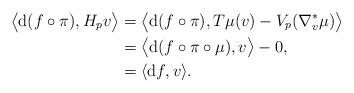
LaTeX: \begin{align*} \bigl\langle \mathrm{d} ( f \circ \pi ) , H _p v \bigr\rangle &= \bigl\langle \mathrm{d} ( f \circ \pi ) , T \mu (v) - V _p ( \nabla _v ^\ast \mu ) \bigr\rangle \\ &= \bigl\langle \mathrm{d} ( f \circ \pi \circ \mu ) , v \bigr\rangle - 0 ,\\ &= \langle \mathrm{d} f, v \rangle . \end{align*}